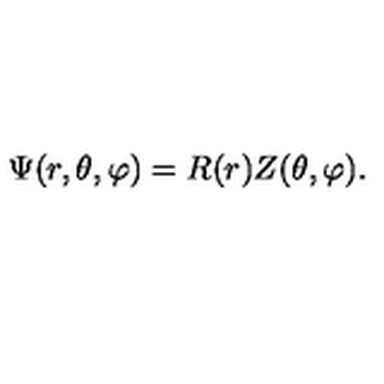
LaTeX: \Psi ( r , \theta , \varphi ) = R ( r ) Z ( \theta , \varphi ) .